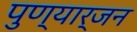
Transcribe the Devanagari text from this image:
पुण्यार्जन